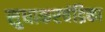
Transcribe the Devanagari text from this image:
सुधाकरचंद्रिका